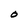
Character: O